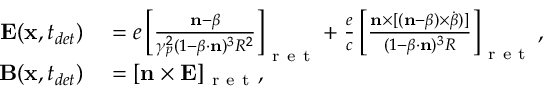
\begin{array} { r l } { \mathbf { E } ( \mathbf { x } , t _ { d e t } ) } & { { } = e \left[ \frac { \mathbf { n } - \boldsymbol { \beta } } { \gamma _ { p } ^ { 2 } ( 1 - \boldsymbol { \beta } \cdot \mathbf { n } ) ^ { 3 } R ^ { 2 } } \right] _ { \mathrm { ~ r ~ e ~ t ~ } } + \frac { e } { c } \left[ \frac { \mathbf { n } \times [ ( \mathbf { n } - \boldsymbol { \beta } ) \times \dot { \boldsymbol { \beta } } ) ] } { ( 1 - \boldsymbol { \beta } \cdot \mathbf { n } ) ^ { 3 } R } \right] _ { \mathrm { ~ r ~ e ~ t ~ } } , } \\ { \; \; \mathbf { B } ( \mathbf { x } , t _ { d e t } ) } & { { } = [ \mathbf { n } \times \mathbf { E } ] _ { \mathrm { ~ r ~ e ~ t ~ } } , } \end{array}